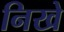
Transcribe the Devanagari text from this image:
निखे